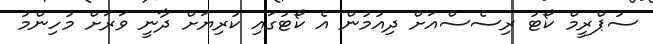
ސުޕްރީމް ކޯޓު ރިސެސްއަށް ދިއުމުން އެ ކޯޓުގައި ކުރިޔަށް ދާނީ ވަރަށް މުހިންމު